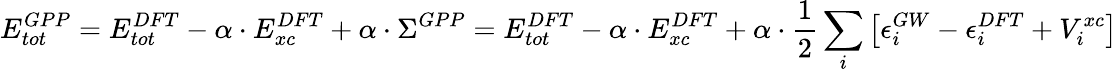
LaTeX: E_{tot}^{GPP}=E_{tot}^{DFT}-\alpha\cdot E_{xc}^{DFT}+\alpha\cdot\Sigma^{GPP}=E_{tot}^{DFT}-\alpha\cdot E_{xc}^{DFT}+\alpha\cdot\frac 12\sum_{i}\left[\epsilon_{i}^{GW}-\epsilon_{i}^{DFT}+V_{i}^{xc}\right]